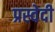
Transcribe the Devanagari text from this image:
प्रस्वेदी